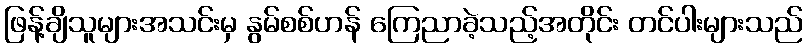
ဖြန့်ချိသူများအသင်းမှ နွမ်စစ်ဟန် ကြေညာခဲ့သည့်အတိုင်း တင်ပါးများသည်